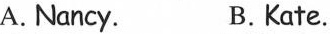
A.Nancy. B.Kate.